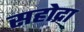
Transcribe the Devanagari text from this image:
सहोद्रा